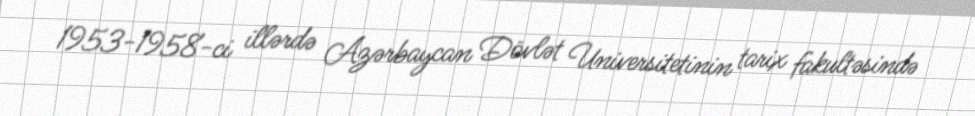
1953-1958-ci illərdə Azərbaycan Dövlət Universitetinin tarix fakultəsində